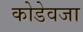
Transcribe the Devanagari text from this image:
कोडेवजा